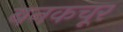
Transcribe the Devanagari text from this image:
बनकचूर